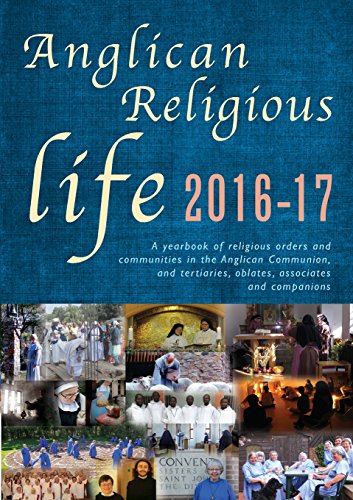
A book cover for Anglican Religious Life 2015-16: A yearbook of religious orders and communities in the Anglican Communion, and tertiaries, oblates, associates and companions.; Peta Dunstan; Christian Books & Bibles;